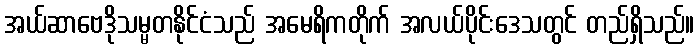
အယ်ဆာဗေဒိုသမ္မတနိုင်ငံသည် အမေရိကတိုက် အလယ်ပိုင်းဒေသတွင် တည်ရှိသည်။